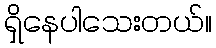
ရှိနေပါသေးတယ်။